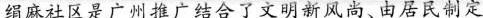
绢麻社区是广州推广结合了文明新风尚、由居民制定